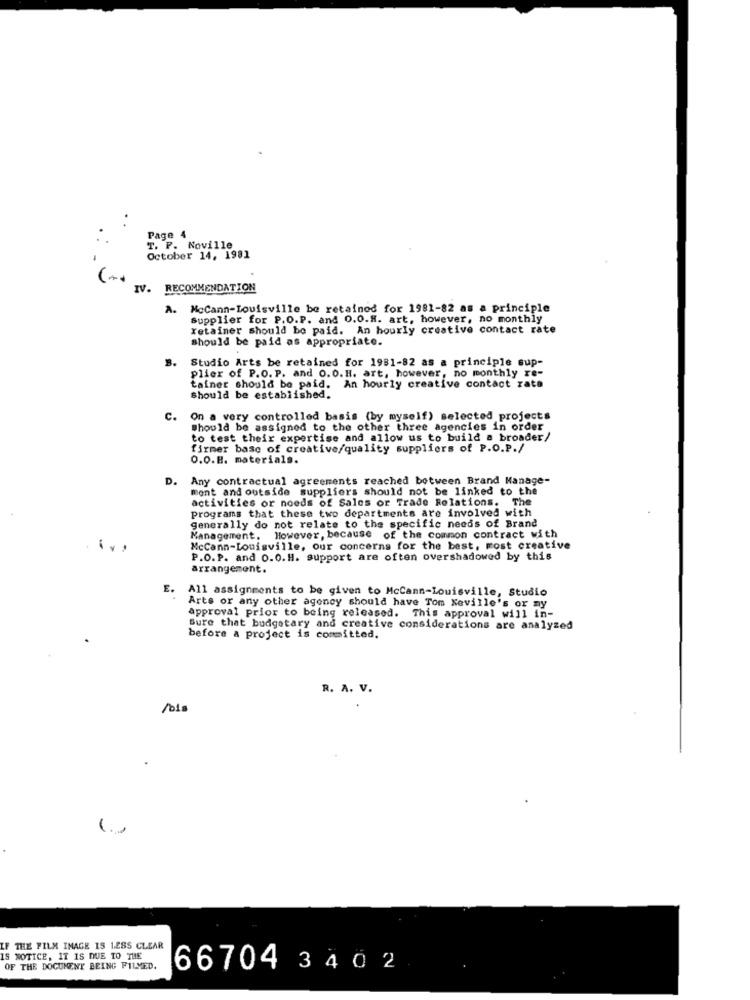
Page 4
T. P. Noville
October 14, 1981
IV. RECOMMENDATION
A. McCann-Louisville be retained for 1981-82 as a principle
Supplier for P.O.P. and 0.0.H. art, however, no monthly
retainer should be paid. An hourly creative contact rate
should be paid as appropriate.
3.
Studio Arts be retained for 1981-82 as a principle sup-
plier of P.O. P. and O.O. H. art, however, no monthly re-
tainer should be paid. An hourly creative contact rate
should be established.
C.
On a very controlled basis (by myself) selected projects
should be assigned to the other three agencies in order
to test their expertise and allow us to build a broader/
firmer base of creative/quality suppliers of P.O.P./
O.O.B. materials.
D.
Any contractual agreements reached between Brand Manage-
ment and outside suppliers should not be linked to the
activities or noeds of Sales or Trade Relations. The
Programs that these two departments are involved with
generally do not relate to the specific needs of Brand
Management.
However, because of the common contract with
McCann-Louisville, our concerns for the best, most creative
P.O.P. and O.O.H. Support are often overshadowed by this
arrangement.
E.
All assignments to be given to McCann-Louisville, Studio
Arts or any other agency should have Tom Neville's or ny
approval prior to being released. This approval will in-
Sure that budgetary and creative considerations are analyzed
before a project is committed,
R. A. V.
Pois
IF THE FILM IMAGE IS LESS CLEAR
IS NOTICE, IT IS DUE TO THE
OF THE DOCUMENT BEING FILMED.
66704 3402